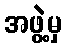
အဖွဲ့မှ